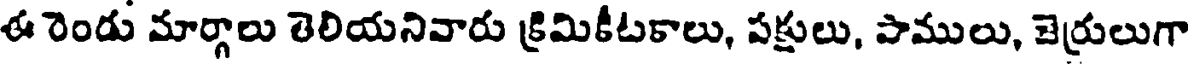
ఈ రెండు మార్గాలు తెలియనివారు క్రిమికీటకాలు, పక్షులు, పాములు, జెర్రులుగా